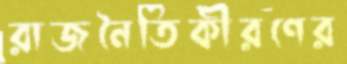
রাজনৈতিকীরণের